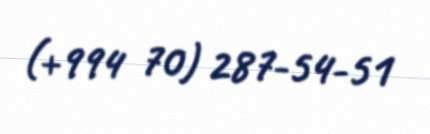
(+994 70) 287-54-51